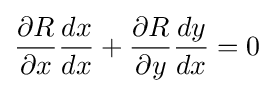
{\frac {\partial R}{\partial x}}{\frac {dx}{dx}}+{\frac {\partial R}{\partial y}}{\frac {dy}{dx}}=0